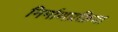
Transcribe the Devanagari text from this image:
निर्माणप्रक्रिया